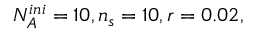
N _ { A } ^ { i n i } = 1 0 , n _ { s } = 1 0 , r = 0 . 0 2 ,